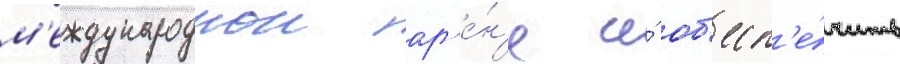
м'еждународнои ар'е́н'е и́ об'есп'е́чить